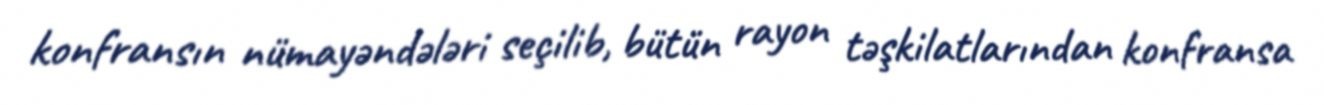
konfransın nümayəndələri seçilib, bütün rayon təşkilatlarından konfransa